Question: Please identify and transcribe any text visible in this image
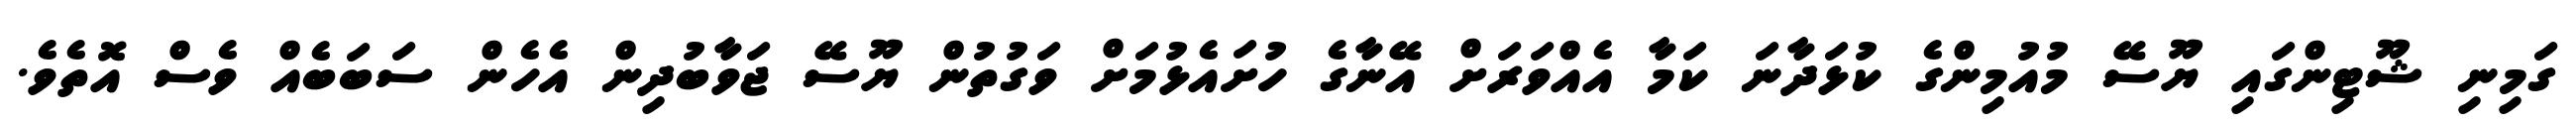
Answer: ގަމިނި ޝޫޓިންގައި ޔޫސޭ މުއުމިންގެ ކުޅަދާނަ ކަމާ އެއްވަރަށް އޭނާގެ ހުށައެޅުމަށް ވަގުތުން ޔޫސޭ ޖަވާބުދިން އެހެން ސަބަބެއް ވެސް އޮތެވެ.